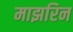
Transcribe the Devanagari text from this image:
माझरिन